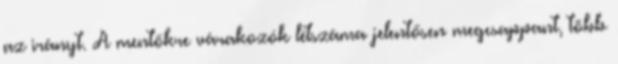
az irányt. A mentőkre várakozók létszáma jelentősen megcsappant, több